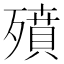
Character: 㱵